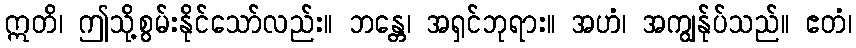
ဣတိ၊ ဤသို့စွမ်းနိုင်သော်လည်း။ ဘန္တေ၊ အရှင်ဘုရား။ အဟံ၊ အကျွန်ုပ်သည်။ ဧတံ၊